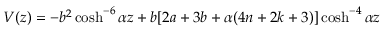
V ( z ) = - b ^ { 2 } \cosh ^ { - 6 } { \alpha z } + b [ 2 a + 3 b + \alpha ( 4 n + 2 k + 3 ) ] \cosh ^ { - 4 } { \alpha z }